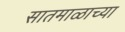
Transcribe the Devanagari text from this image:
सातमाळाच्या